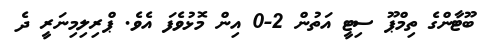
ބޫޓާންގެ ތިމްޕޫ ސިޓީ އަތުން 2-0 އިން މޮޅުވެފަ އެވެ. ޕްރިލިމިނަރީ ދެ